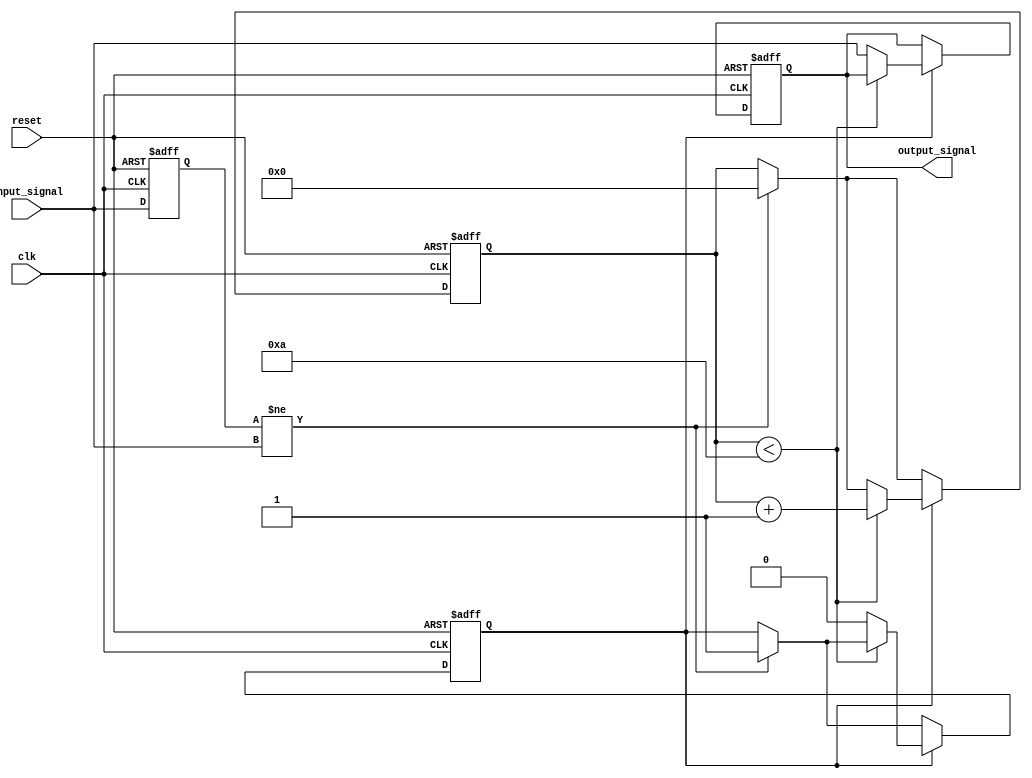
module Delay #(
    parameter DELAY_DURATION = 10 // Delay duration in time units (e.g., 10 time units)
) (
    input wire clk,                // Clock signal
    input wire reset,              // Reset signal
    input wire input_signal,       // Input signal to be delayed
    output reg output_signal       // Delayed output signal
);

    reg input_signal_reg;          // Register to hold the input signal
    reg [31:0] delay_counter;      // Counter to manage the delay
    reg delay_active;              // Flag to indicate if delay is active

    // Always block to handle input signal changes
    always @(posedge clk or posedge reset) begin
        if (reset) begin
            output_signal <= 1'b0;     // Reset the output signal
            input_signal_reg <= 1'b0;  // Reset the register
            delay_counter <= 0;         // Reset the counter
            delay_active <= 1'b0;       // Reset delay active flag
        end else begin
            input_signal_reg <= input_signal; // Latch the input signal

            // Check if the input signal has changed
            if (input_signal_reg != input_signal) begin
                delay_counter <= 0;       // Reset counter when input changes
                delay_active <= 1'b1;     // Indicate that delay is active
            end
            
            // Manage the delay count
            if (delay_active) begin
                if (delay_counter < DELAY_DURATION) begin
                    delay_counter <= delay_counter + 1; // Increment counter
                end else begin
                    output_signal <= input_signal;     // Update output after delay
                    delay_active <= 1'b0;               // Disable delay
                end
            end
        end
    end

endmodule